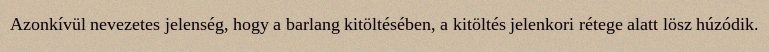
Azonkívül nevezetes jelenség, hogy a barlang kitöltésében, a kitöltés jelenkori rétege alatt lösz húzódik.